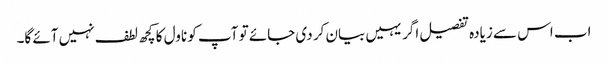
اب اس سے زیادہ تفصیل اگر یہیں بیان کر دی جائے تو آپ کو ناول کا کچھ لطف نہیں آئے گا۔